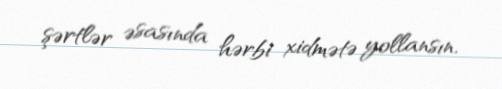
şərtlər əsasında hərbi xidmətə yollansın.